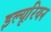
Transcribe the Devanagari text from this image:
इल्यूरियन